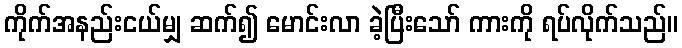
ကိုက်အနည်းငယ်မျှ ဆက်၍ မောင်းလာ ခဲ့ပြီးသော် ကားကို ရပ်လိုက်သည်။